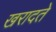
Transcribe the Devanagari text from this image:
खरादते